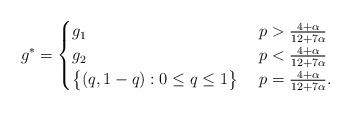
LaTeX: \begin{align*}g^*= \begin{cases} g_1 & \ p>\frac{4+\alpha}{12+7\alpha} \\g_2 & \ p<\frac{4+\alpha}{12+7\alpha} \\\big\{(q,1-q): 0\leq q\leq 1\big\} & \ p=\frac{4+\alpha}{12+7\alpha} .\end{cases}\end{align*}